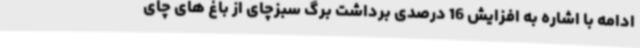
ادامه با اشاره به افزایش 16 درصدی برداشت برگ سبزچای از باغ های چای